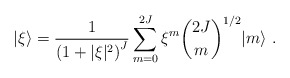
\begin{align*}\vert\xi\rangle={1\over\left(1+\vert\xi\vert^2\right)^J}\sum^{2J}_{m=0}\xi^m{2J\choose m}^{1/2}\vert m\rangle\ .\end{align*}